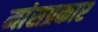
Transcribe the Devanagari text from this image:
मांसप्रकार